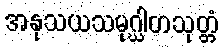
အနုသယသမုဂ္ဃါတသုတ္တံ